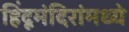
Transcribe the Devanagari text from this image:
हिंदूमंदिरांमध्ये